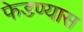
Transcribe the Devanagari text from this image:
फेडण्यास